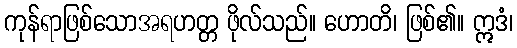
ကုန်ရာဖြစ်သောအရဟတ္တ ဖိုလ်သည်။ ဟောတိ၊ ဖြစ်၏။ ဣဒံ၊